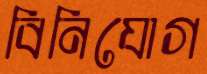
বিনিযোগ